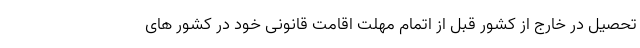
تحصیل در خارج از کشور قبل از اتمام مهلت اقامت قانونی خود در کشور های